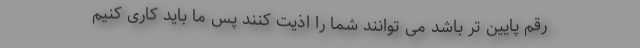
رقم پایین تر باشد می توانند شما را اذیت کنند پس ما باید کاری کنیم